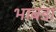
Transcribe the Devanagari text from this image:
भाबडा